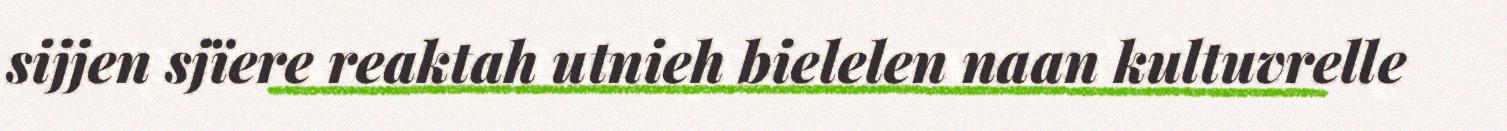
sijjen sjïere reaktah utnieh bielelen naan kultuvrelle